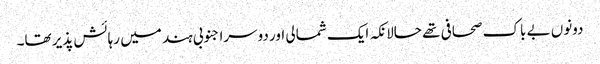
دونوں بے باک صحافی تھے حالانکہ ایک شمالی اور دوسرا جنوبی ہند میں رہائش پذیر تھا۔